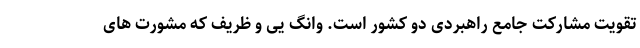
تقویت مشارکت جامع راهبردی دو کشور است. وانگ یی و ظریف که مشورت های